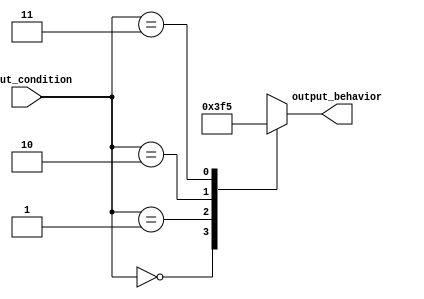
module case_statement_block (
    input wire [1:0] input_condition,
    output reg [3:0] output_behavior
);

always @(*) begin
    case(input_condition)
        2'b00: output_behavior = 4'b0000; // Define output behavior for condition 00
        2'b01: output_behavior = 4'b0011; // Define output behavior for condition 01
        2'b10: output_behavior = 4'b1111; // Define output behavior for condition 10
        2'b11: output_behavior = 4'b0101; // Define output behavior for condition 11
        default: output_behavior = 4'bXXXX; // Handle any input conditions not covered in cases
    endcase
end

endmodule